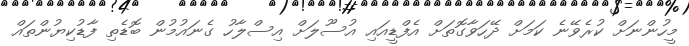
މީހުންނަށް ކުރެވޭނެ ކަމަށް ދޭހަވާގޮތަށް އެފްޑީއައި އުސޫލަށް އިސްލާހު ގެނައުމުން ބޮޑެތި ފާޑުކިޔުންތައް